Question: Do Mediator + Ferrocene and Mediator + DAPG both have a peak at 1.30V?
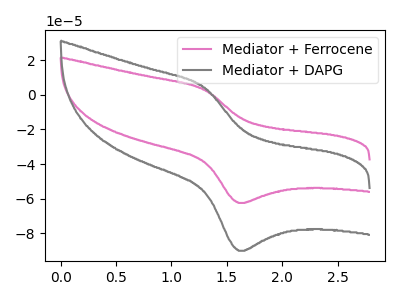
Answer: <think>The pink curve "Mediator + Ferrocene" has an anodic peak at (1.30V, 2.85uA) and a cathodic peak at (1.60V, -62.40uA). The gray curve "Mediator + DAPG" has an anodic peak at (1.30V, 4.15uA) and a cathodic peak at (1.60V, -89.95uA).</think>
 <answer>Yes, "Mediator + Ferrocene" and "Mediator + DAPG" share a peak at 1.30V.</answer>
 <eval>match</eval>